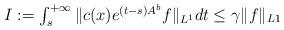
LaTeX: \begin{align*} \textstyle I:=\int_{s}^{+\infty} \|c(x)e^{(t-s)A^{b}}f\|_{L^{1}}dt\le \gamma\|f\|_{L1} \end{align*}